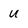
Character: u